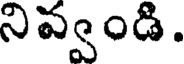
నివ్వండి.